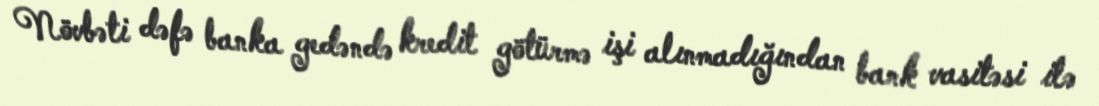
Növbəti dəfə banka gedəndə kredit götürmə işi alınmadığından bank vasitəsi ilə